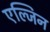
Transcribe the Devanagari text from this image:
एल्जिन